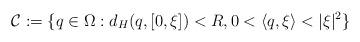
LaTeX: \begin{align*}\mathcal{C}:=\{q \in \Omega: d_H(q,[0,\xi])<R, 0<\langle q,\xi \rangle < |\xi|^2 \}\end{align*}